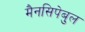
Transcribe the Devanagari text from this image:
मैनसिपेबुल